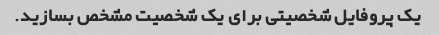
یک پروفایل شخصیتی برای یک شخصیت مشخص بسازید.